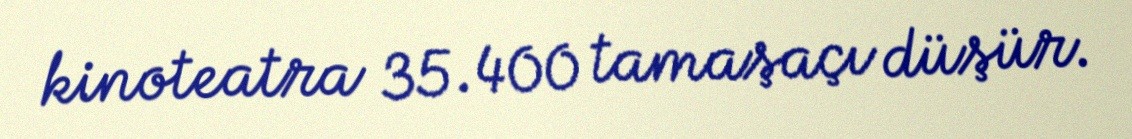
kinoteatra 35.400 tamaşaçı düşür.